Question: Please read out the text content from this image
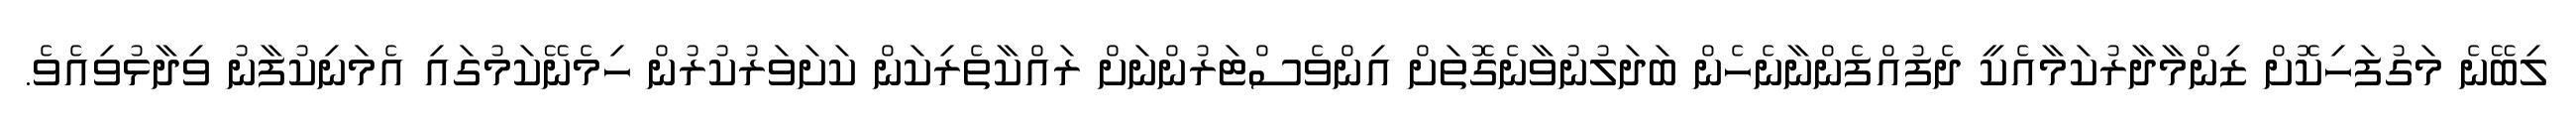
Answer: ލިބޭނެ މަގުފަހިކޮށް ޒިންމާދާރުކަމާއެކީ ދެފުއްފެންނާނެހެން ބަދަލުނުވާނެގޮތަށް އިންވެސްޓަރުންނަށް ރައްކާތެރިކަން ކަށަވަރުކުރުން ހިމެނޭކަމުގައި އެމަނިކުފާނު ވިދާޅުވިއެވެ.